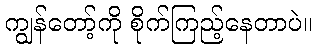
ကျွန်တော့်ကို စိုက်ကြည့်နေတာပဲ။